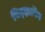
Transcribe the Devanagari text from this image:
सिट्झक्रीग